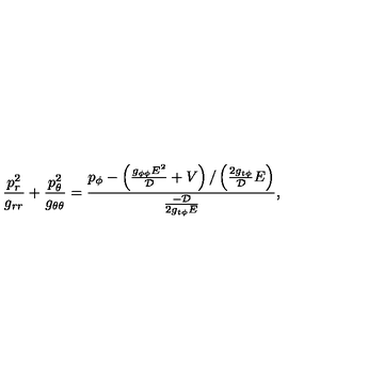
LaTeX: \frac { p _ { r } ^ { 2 } } { g _ { r r } } + \frac { p _ { \theta } ^ { 2 } } { g _ { \theta \theta } } = \frac { p _ { \phi } - \left( \frac { g _ { \phi \phi } E ^ { 2 } } { \cal D } + V \right) / \left( \frac { 2 g _ { t \phi } } { \cal D } E \right) } { \frac { - { \cal D } } { 2 g _ { t \phi } E } } ,